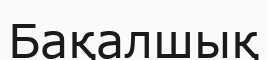
Бақалшық